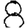
Digit: 8